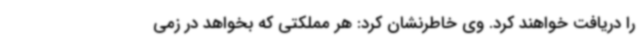
را دریافت خواهند کرد. وی خاطرنشان کرد: هر مملکتی که بخواهد در زمی